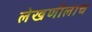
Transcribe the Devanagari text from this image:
लेखणीलाच